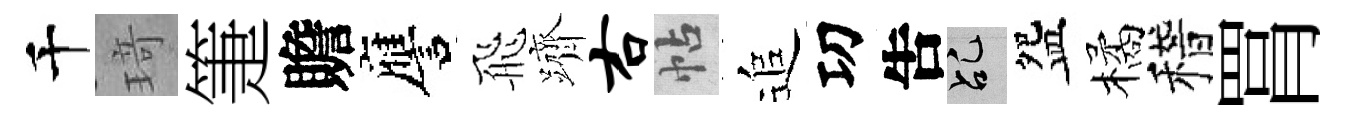
千𤦺箑贍譍飛躋右帖追㓛吿乩盌橘稽罥